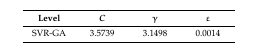
<table><thead><tr><td><b>Level</b></td><td><b><i>C</i></b></td><td><b>γ</b></td><td><b>ε</b></td></tr></thead><tbody><tr><td>SVR-GA</td><td>3.5739</td><td>3.1498</td><td>0.0014</td></tr></tbody></table>